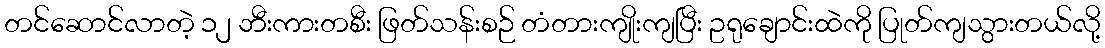
တင်ဆောင်လာတဲ့ ၁၂ ဘီးကားတစီး ဖြတ်သန်းစဉ် တံတားကျိုးကျပြီး ဥရုချောင်းထဲကို ပြုတ်ကျသွားတယ်လို့